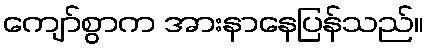
ကျော်စွာက အားနာနေပြန်သည်။